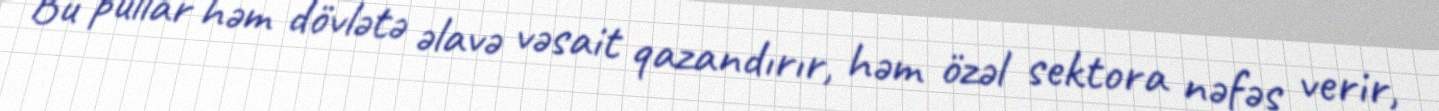
Bu pullar həm dövlətə əlavə vəsait qazandırır, həm özəl sektora nəfəs verir,